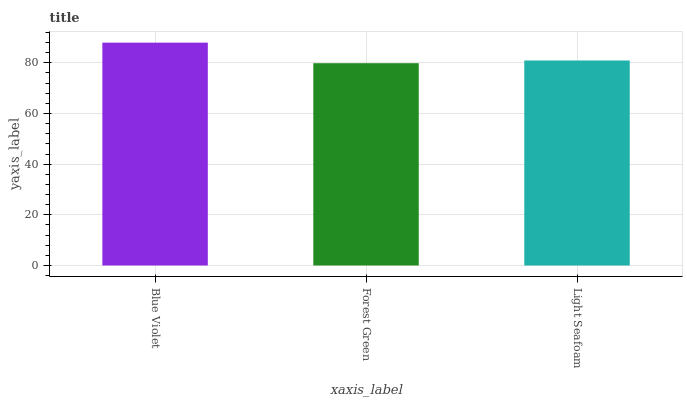
| xaxis_label | bars |
 | --- | --- |
 | Blue Violet | 87.9 |
 | Forest Green | 79.8 |
 | Light Seafoam | 80.9 |